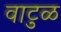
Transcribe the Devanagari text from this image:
वाटुळ